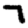
Digit: 7